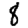
Digit: 8